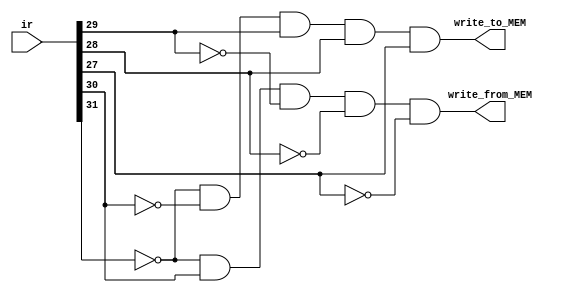
module XM_control(ir, write_to_MEM, write_from_MEM);

	input [31:0] ir;
	
	output write_from_MEM, write_to_MEM;
	
	assign write_to_MEM   = ~ir[31] & ~ir[30] &  ir[29] &  ir[28] &  ir[27];
	assign write_from_MEM = ~ir[31] &  ir[30] & ~ir[29] & ~ir[28] & ~ir[27];

endmodule